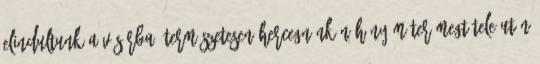
elindultunk a vásárba. Természetesen hercegnőnk néhány méter megtétele után